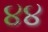
૪૪